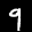
Label: 9